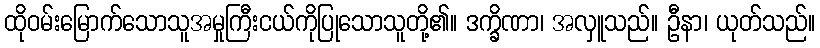
ထိုဝမ်းမြောက်သောသူအမှုကြီးငယ်ကိုပြုသောသူတို့၏။ ဒက္ခိဏာ၊ အလှူသည်။ ဦနာ၊ ယုတ်သည်။